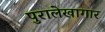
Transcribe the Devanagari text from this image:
पुरालेखागार